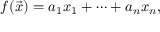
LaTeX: f ( { \vec { x } } ) = a _ { 1 } x _ { 1 } + \cdots + a _ { n } x _ { n } ,